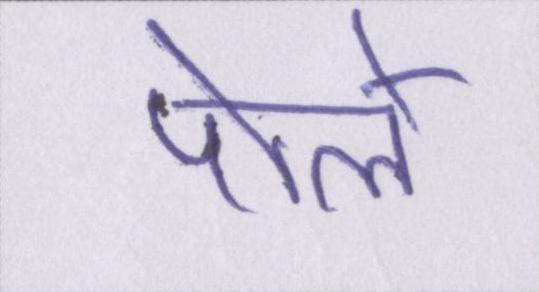
पोले